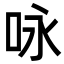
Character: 咏